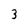
Character: 3